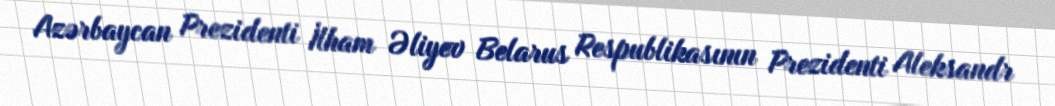
Azərbaycan Prezidenti İlham Əliyev Belarus Respublikasının Prezidenti Aleksandr